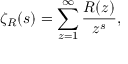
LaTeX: \zeta _ { R } ( s ) = \sum _ { z = 1 } ^ { \infty } { \frac { R ( z ) } { z ^ { s } } } ,